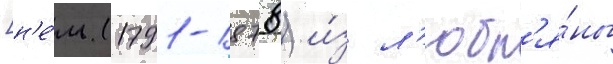
[н'е́м. (1791-1878) и́з л'юбл'я́ны